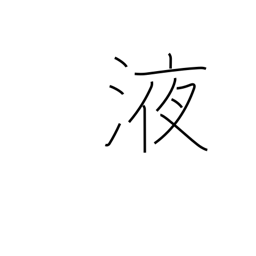
Meaning: juice